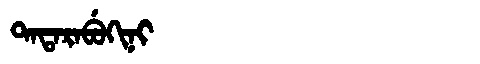
Manchu: ᡨᠠᡨᠠᡵᠠᠪᡠᡴᡳᠨᡳ
Romanization: TATARABUKINI